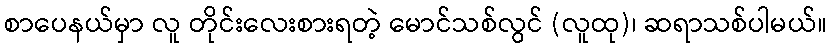
စာပေနယ်မှာ လူ တိုင်းလေးစားရတဲ့ မောင်သစ်လွင် (လူထု)၊ ဆရာသစ်ပါမယ်။